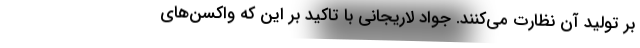
بر تولید آن نظارت می‌کنند. جواد لاریجانی با تاکید بر این که واکسن‌های